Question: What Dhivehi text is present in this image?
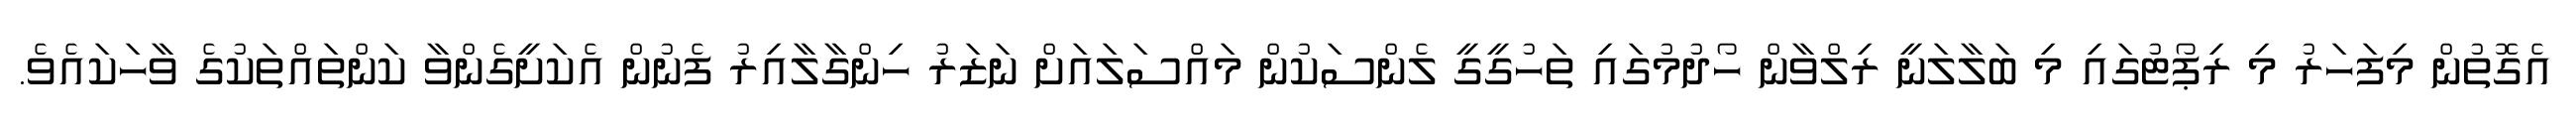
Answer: އެގޮތުން މިފަހަރު މި ރިޕޯޓުގައި މި ބަލާލަނީ ރިލްވާން ހޯދުމުގައި ތަހުގީގީ ލެންސަކުން މައްސަލައަށް ނަޒަރު ހިންގާލާއިރު ފެނުން އެކަށީގެންވާ ކަންތައްތަކުގެ ވާހަކައެވެ.